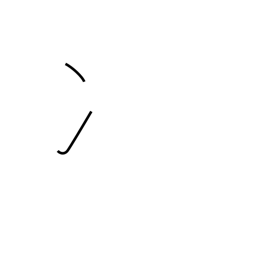
Meaning: two-stroke water radical or ice radical (no. 15)